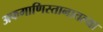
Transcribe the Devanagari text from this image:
अफगाणिस्तानातल्या